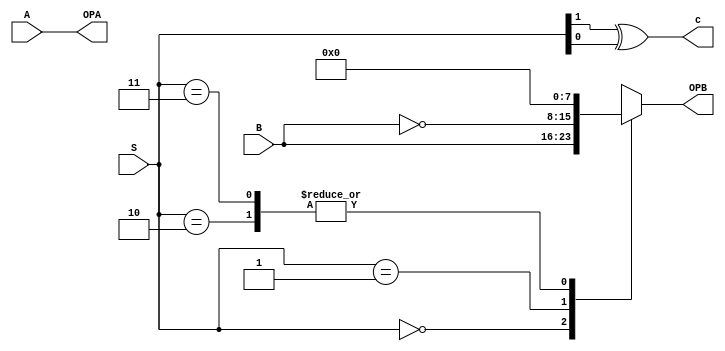
module ALUNEXT(
	input[7:0]A, // 8 BIT FIRDT INPUT
	input[7:0]B, // B BIT SECOND INPUT
	input[1:0]S, // SELECTOR
	output[7:0]OPA, // adder operand a
	output reg [7:0]OPB, // adderoperand b
	output c // CARRY

);

always @(*)
	begin
		case(S)
			2'b00: OPB = B;
			2'b01 : OPB = ~B;
			2'b10 : OPB = 0;
			2'b11 : OPB = 0;
			default: OPB = B;
		endcase
	end

assign OPA = A;
assign c = S[1] ^ S[0]; // y xor z to generate 1 carry


	
endmodule